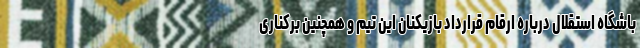
باشگاه استقلال درباره ارقام قرارداد بازیکنان این تیم و همچنین برکناری